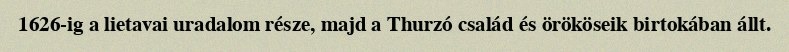
1626-ig a lietavai uradalom része, majd a Thurzó család és örököseik birtokában állt.